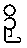
ဉှိ